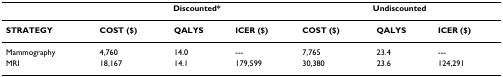
<table><thead><tr><td></td><td colspan="3"><b>Discounted*</b></td><td colspan="3"><b>Undiscounted</b></td></tr></thead><tbody><tr><td><b>STRATEGY</b></td><td><b>COST ($)</b></td><td><b>QALYS</b></td><td><b>ICER ($)</b></td><td><b>COST ($)</b></td><td><b>QALYS</b></td><td><b>ICER ($)</b></td></tr><tr><td>Mammography</td><td>4,760</td><td>14.0</td><td>---</td><td>7,765</td><td>23.4</td><td>---</td></tr><tr><td>MRI</td><td>18,167</td><td>14.1</td><td>179,599</td><td>30,380</td><td>23.6</td><td>124,291</td></tr></tbody></table>